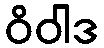
ဝိဝါဒ